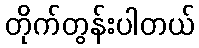
တိုက်တွန်းပါတယ်